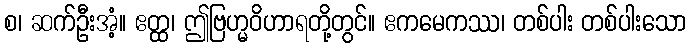
စ၊ ဆက်ဦးအံ့။ ဧတ္ထ၊ ဤဗြဟ္မဝိဟာရတို့တွင်။ ဧကမေကဿ၊ တစ်ပါး တစ်ပါးသော